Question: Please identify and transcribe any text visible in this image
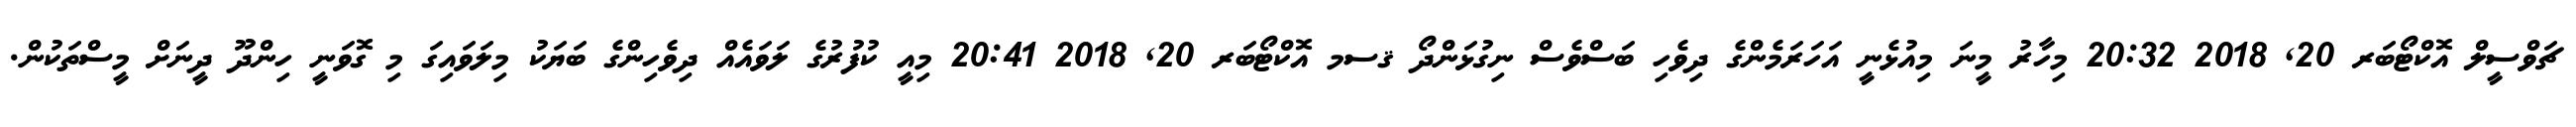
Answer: ޗަވްސީލް އޮކްޓޯބަރ 20, 2018 20:32 މިހާރު މީނަ މިއުޅެނީ އަހަރަމެންގެ ދިވެހި ބަސްވެސް ނިގުޅަންދޯ ޤސމ އޮކްޓޯބަރ 20, 2018 20:41 މިއީ ކުފުރުގެ ލަވައެއް ދިވެހިންގެ ބަޔަކު މިލަވައިގަ މި ގޮވަނީ ހިންދޫ ދީނަށް މީސްތަކުން.